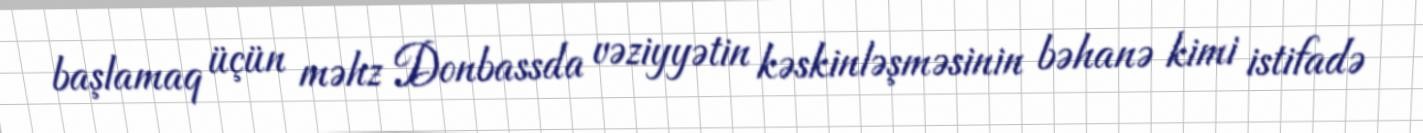
başlamaq üçün məhz Donbassda vəziyyətin kəskinləşməsinin bəhanə kimi istifadə